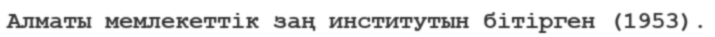
Алматы мемлекеттік заң институтын бітірген (1953).